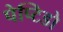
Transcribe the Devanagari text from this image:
पेप्टिडो